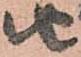
由